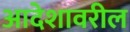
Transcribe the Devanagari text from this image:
आदेशावरील